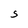
Character: S